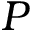
P